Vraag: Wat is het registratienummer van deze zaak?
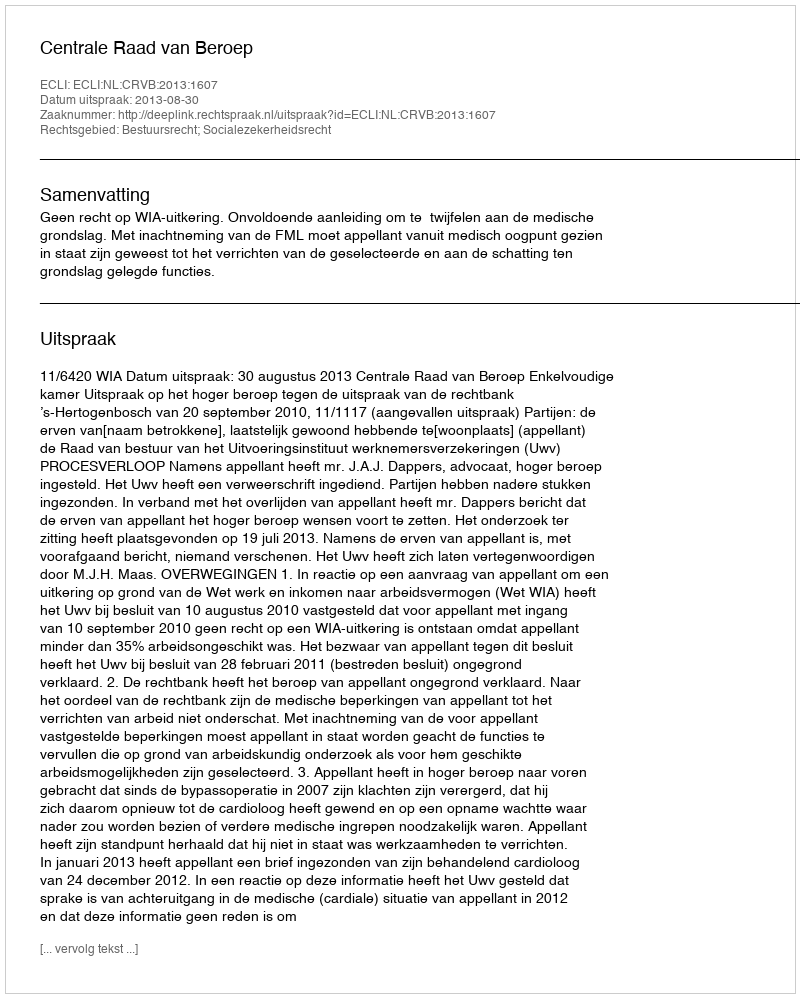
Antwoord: http://deeplink.rechtspraak.nl/uitspraak?id=ECLI:NL:CRVB:2013:1607